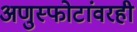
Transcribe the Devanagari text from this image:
अणुस्फोटांवरही